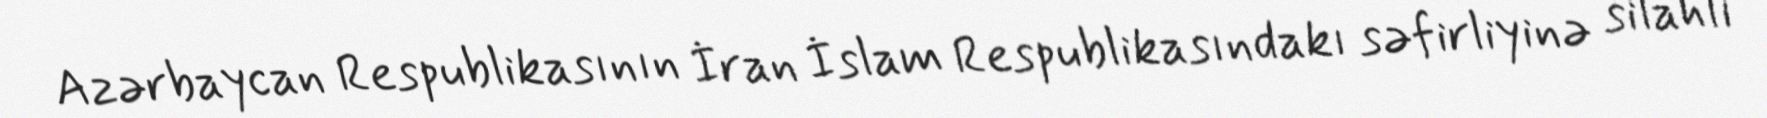
Azərbaycan Respublikasının İran İslam Respublikasındakı səfirliyinə silahlı